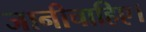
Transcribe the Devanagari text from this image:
जानीचाहिए।